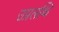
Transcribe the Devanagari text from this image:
उप्रलब्धि